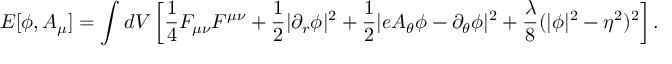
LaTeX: E [ \phi , A _ { \mu } ] = \int d V \left[ { \frac { 1 } { 4 } } F _ { \mu \nu } F ^ { \mu \nu } + { \frac { 1 } { 2 } } \vert \partial _ { r } \phi \vert ^ { 2 } + { \frac { 1 } { 2 } } \vert e A _ { \theta } \phi - \partial _ { \theta } \phi \vert ^ { 2 } + { \frac { \lambda } { 8 } } ( \vert \phi \vert ^ { 2 } - \eta ^ { 2 } ) ^ { 2 } \right] .